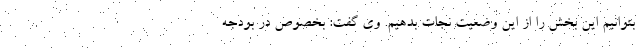
بتوانیم این بخش را از این وضعیت نجات بدهیم. وی گفت: بخصوص در بودجه